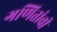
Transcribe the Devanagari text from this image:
गणितांची